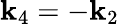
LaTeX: \textbf{k}_{4}=-\textbf{k}_{2}